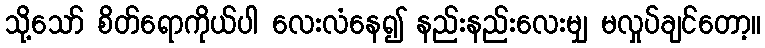
သို့သော် စိတ်ရောကိုယ်ပါ လေးလံနေ၍ နည်းနည်းလေးမျှ မလှုပ်ချင်တော့။